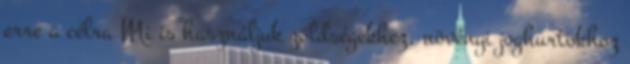
erre a célra Mi is használjuk zöldségekhez, növényi joghurtokhoz